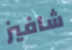
شافيز